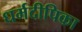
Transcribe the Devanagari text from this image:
धर्मदीपिका